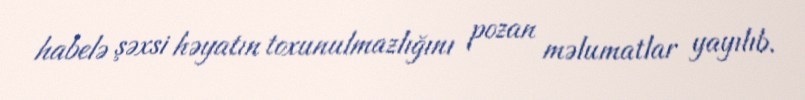
habelə şəxsi həyatın toxunulmazlığını pozan məlumatlar yayılıb.